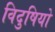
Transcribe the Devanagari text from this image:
विदुषियो